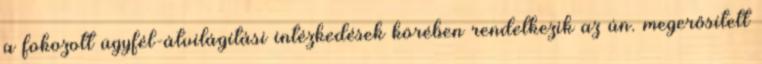
a fokozott ügyfél-átvilágítási intézkedések körében rendelkezik az ún. megerősített